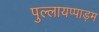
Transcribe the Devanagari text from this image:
पुल्लायप्पाड़म